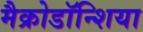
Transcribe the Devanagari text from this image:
मैक्रोडॉन्शिया